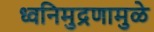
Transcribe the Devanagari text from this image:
ध्वनिमुद्रणामुळे